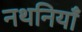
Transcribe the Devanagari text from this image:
नथनियाँ